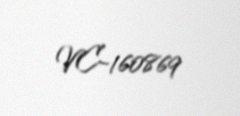
VC-160869